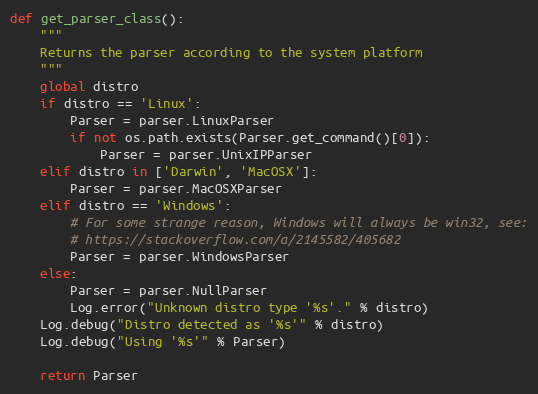
Language: Python
def get_parser_class():
    """
    Returns the parser according to the system platform
    """
    global distro
    if distro == 'Linux':
        Parser = parser.LinuxParser
        if not os.path.exists(Parser.get_command()[0]):
            Parser = parser.UnixIPParser
    elif distro in ['Darwin', 'MacOSX']:
        Parser = parser.MacOSXParser
    elif distro == 'Windows':
        # For some strange reason, Windows will always be win32, see:
        # https://stackoverflow.com/a/2145582/405682
        Parser = parser.WindowsParser
    else:
        Parser = parser.NullParser
        Log.error("Unknown distro type '%s'." % distro)
    Log.debug("Distro detected as '%s'" % distro)
    Log.debug("Using '%s'" % Parser)

    return Parser